Annual report of the Punjab Veterinary College and of the Civil Veterinary Department, Punjab - 1909-1919
Year: 1909
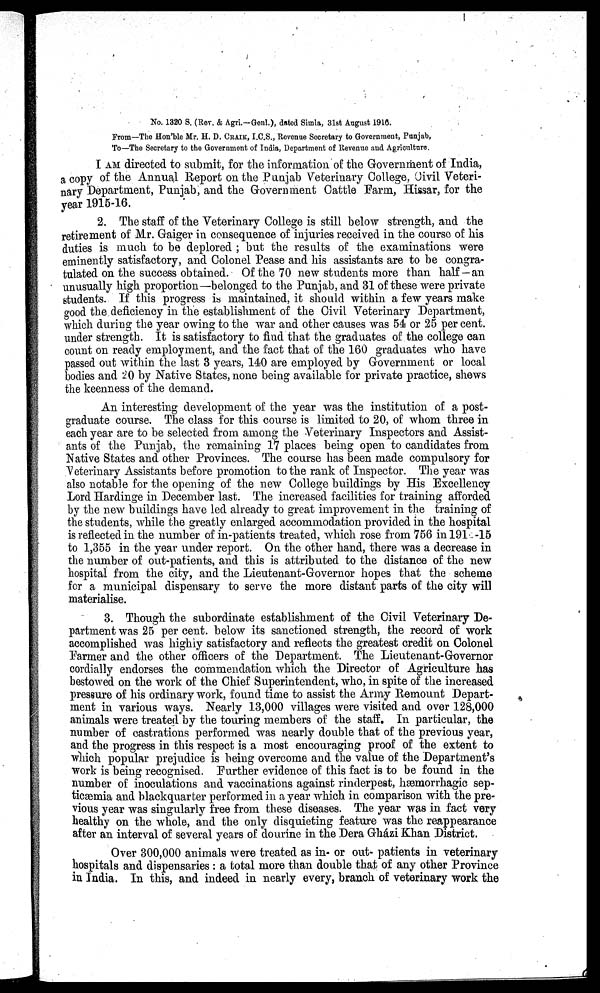
No. 1320 S. (Rev. & Agri.—Genl.), dated Simla, 31st August 1916.
From—The Hon'ble Mr. H. D. CRAIK, I.C.S., Revenue Secretary to Government, Punjab,
To—The Secretary to the Government of India, Department of Revenue and Agriculture.
I AM directed to submit, for the information, of the Government of India,
a copy of the Annual Report on the Punjab Veterinary College, Civil Veteri-
nary Department, Punjab, and the Government Cattle Farm, Hissar, for the
year 1915-16.
2. The staff of the Veterinary College is still below strength, and the
retirement of Mr. Gaiger in consequence of injuries received in the course of his
duties is much to be deplored; but the results of the examinations were
eminently satisfactory, and Colonel Pease and his assistants are to be congra-
tulated on the success obtained. Of the 70 new students more than half—an
unusually high proportion—belonged to the Punjab, and 31 of these were private
students. If this progress is maintained, it should within a few years make
good the deficiency in the establishment of the Civil Veterinary Department,
which during the year owing to the war and other causes was 54 or 25 per cent.
under strength. It is satisfactory to find that the graduates of the college can
count on ready employment, and the fact that of the 160 graduates who have
passed out within the last 3 years, 140 are employed by Government or local
bodies and 20 by Native States, none being available for private practice, shews
the keenness of the demand.
An interesting development of the year was the institution of a post-
graduate course. The class for this course is limited to 20, of whom three in
each year are to be selected from among the Veterinary Inspectors and Assist-
ants of the Punjab, the remaining 17 places being open to candidates from
Native States and other Provinces. The course has been made compulsory for
Veterinary Assistants before promotion to the rank of Inspector. The year was
also notable for the opening of the new College buildings by His Excellency
Lord Hardinge in December last. The increased facilities for training afforded
by the new buildings have led already to great improvement in the training of
the students, while the greatly enlarged accommodation provided in the hospital
is reflected in the number of in-patients treated, which rose from 756 in 191 -15
to 1,355 in the year under report. On the other hand, there was a decrease in
the number of out-patients, and this is attributed to the distance of the new
hospital from the city, and the Lieutenant-Governor hopes that the scheme
for a municipal dispensary to serve the more distant parts of the city will
materialise.
3. Though the subordinate establishment of the Civil Veterinary De-
partment was 25 per cent. below its sanctioned strength, the record of work
accomplished was highly satisfactory and reflects the greatest credit on Colonel
Farmer and the other officers of the Department. The Lieutenant-Governor
cordially endorses the commendation which the Director of Agriculture has
bestowed on the work of the Chief Superintendent, who, in spite of the increased
pressure of his ordinary work, found time to assist the Army Remount Depart-
ment in various ways. Nearly 13,000 villages were visited and over 128,000
animals were treated by the touring members of the staff. In particular, the
number of castrations performed was nearly double that of the previous year,
and the progress in this respect is a most encouraging proof of the extent to
which popular prejudice is being overcome and the value of the Department's
work is being recognised. Further evidence of this fact is to be found in the
number of inoculations and vaccinations against rinderpest, hæmorrhagic sep-
ticæmia and blackquarter performed in a year which in comparison with the pre-
vious year was singularly free from these diseases. The year was in fact very
healthy on the whole, and the only disquieting feature was the reappearance
after an interval of several years of dourine in the Dera Gházi Khan District.
Over 300,000 animals were treated as in- or out- patients in veterinary
hospitals and dispensaries: a total more than double that of any other Province
in India. In this, and indeed in nearly every, branch of veterinary work the